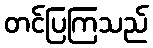
တင်ပြကြသည်